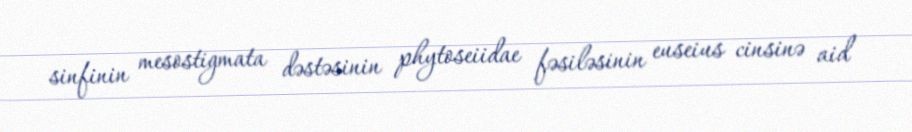
sinfinin mesostigmata dəstəsinin phytoseiidae fəsiləsinin euseius cinsinə aid